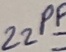
Text: 22PF